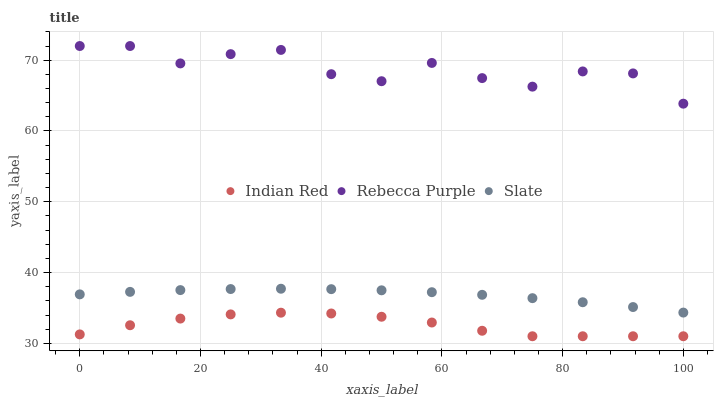
| xaxis_label | Indian Red | Rebecca Purple | Slate |
 | --- | --- | --- | --- |
 | 0 | 31.3 | 72 | 36.9 |
 | 8.33 | 32.6 | 72 | 37.3 |
 | 16.7 | 33.5 | 69.5 | 37.5 |
 | 25 | 34.1 | 70.9 | 37.7 |
 | 33.3 | 34.3 | 71.4 | 37.7 |
 | 41.7 | 34.2 | 68 | 37.7 |
 | 50 | 33.8 | 67 | 37.5 |
 | 58.3 | 32.9 | 69.6 | 37.2 |
 | 66.7 | 31.8 | 67.5 | 36.9 |
 | 75 | 31 | 66.3 | 36.4 |
 | 83.3 | 31 | 68.4 | 35.8 |
 | 91.7 | 31 | 68.1 | 35.1 |
 | 100 | 31 | 63.9 | 34.3 |